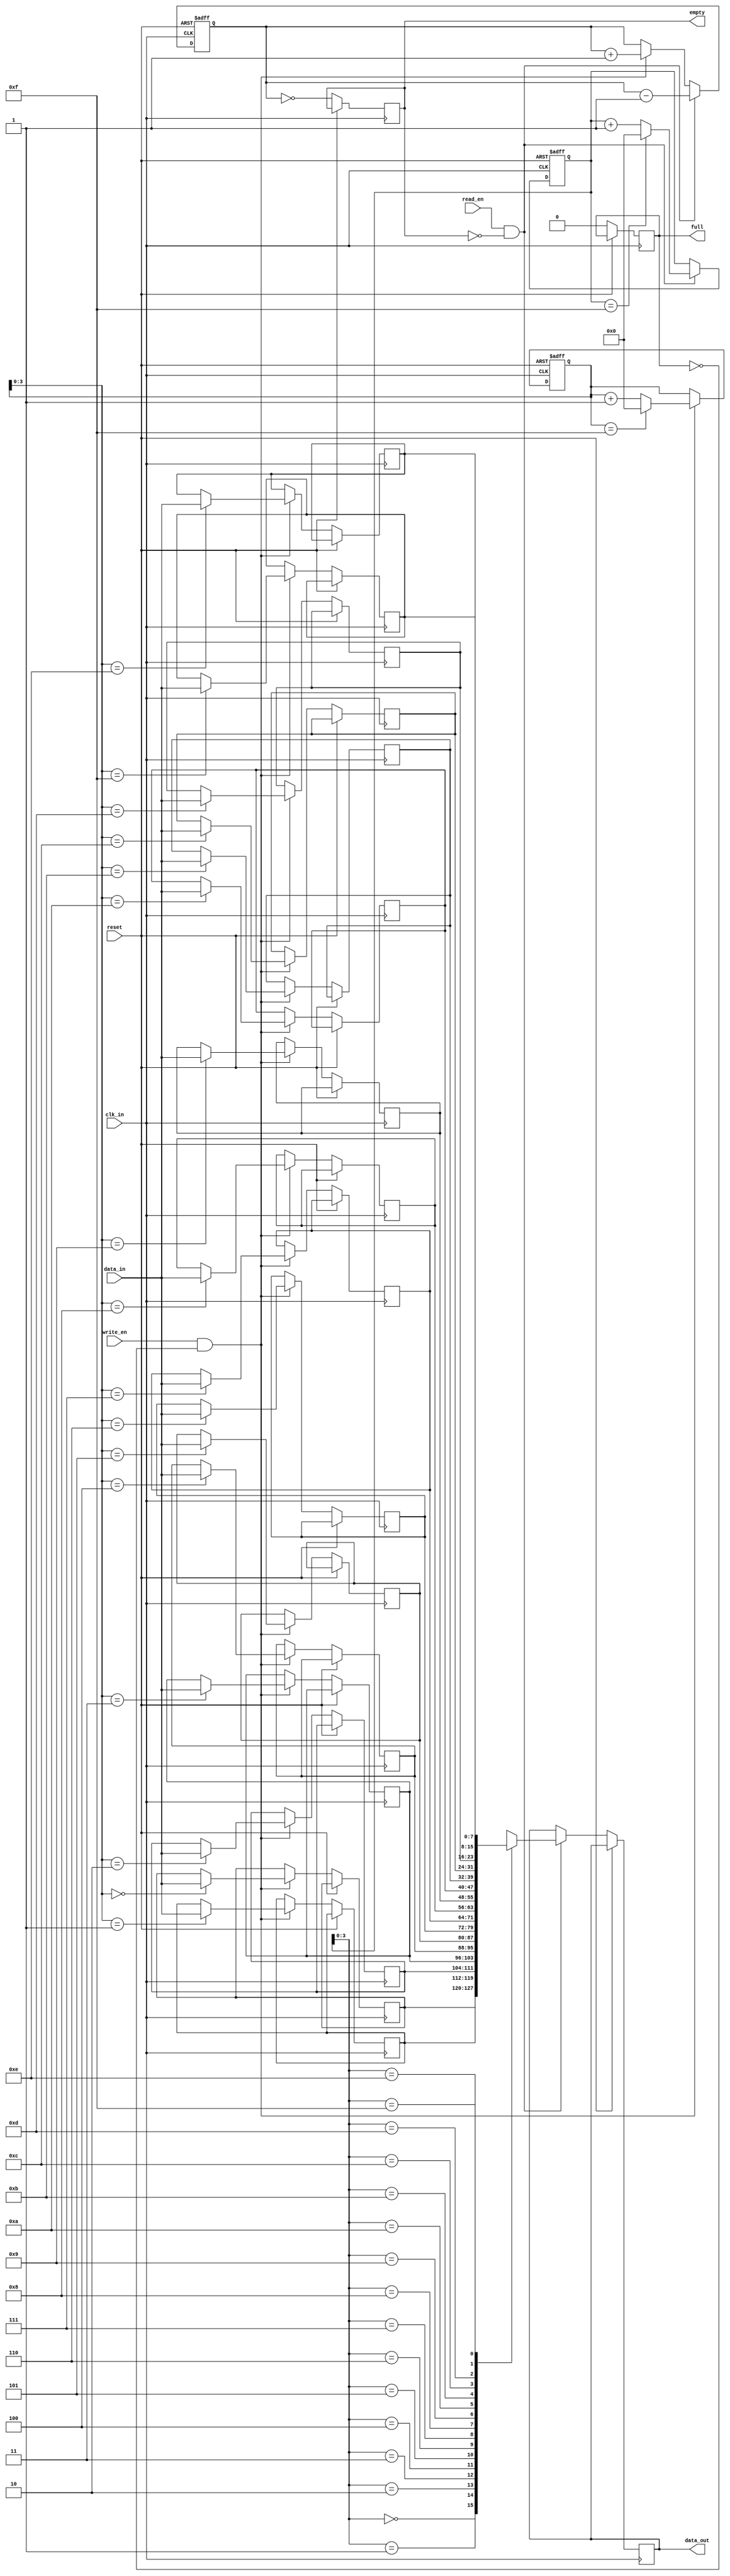
module fifo_buffer (
    input wire clk_in, // input clock signal
    input wire reset, // reset signal
    input wire read_en, // read enable signal
    input wire write_en, // write enable signal
    input wire [DATA_WIDTH-1:0] data_in, // input data signal
    output reg [DATA_WIDTH-1:0] data_out, // output data signal
    output reg full, // full flag signal
    output reg empty // empty flag signal
);

parameter DATA_WIDTH = 8; // data width of the buffer
parameter MAX_DEPTH = 16; // maximum depth of the buffer

reg [DATA_WIDTH-1:0] buffer [MAX_DEPTH-1:0]; // buffer to store data
reg [4:0] write_ptr, read_ptr; // write and read pointers
reg count; // count of valid data in the buffer

always @(posedge clk_in or posedge reset) begin
    if (reset) begin
        write_ptr <= 0;
        read_ptr <= 0;
        count <= 0;
    end else begin
        if (write_en && !full) begin
            buffer[write_ptr] <= data_in;
            write_ptr <= (write_ptr == MAX_DEPTH-1) ? 0 : write_ptr + 1;
            count <= count + 1;
        end
        
        if (read_en && !empty) begin
            data_out <= buffer[read_ptr];
            read_ptr <= (read_ptr == MAX_DEPTH-1) ? 0 : read_ptr + 1;
            count <= count - 1;
        end
        
        full <= (count == MAX_DEPTH);
        empty <= (count == 0);
    end
end

endmodule